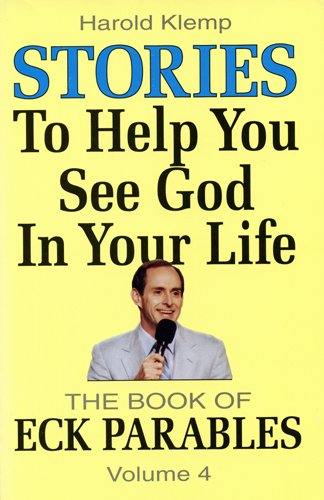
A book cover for Stories to Help You See God in Your Life (ECK Parables, Book 4); Harold Klemp; Religion & Spirituality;